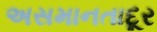
અસમાનતાદૂર